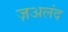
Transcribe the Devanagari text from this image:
ज़अलंद